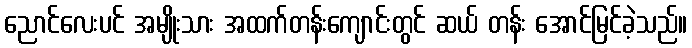
ညောင်လေးပင် အမျိုးသား အထက်တန်းကျောင်းတွင် ဆယ် တန်း အောင်မြင်ခဲ့သည်။